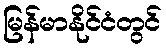
မြန်မာနိုင်ငံတွင်